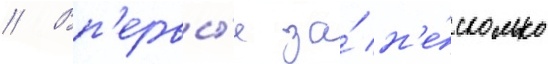
// Вп'ервы́е за́ н'е́сколько